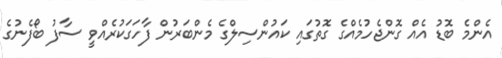
އެންމެ ބޮޑު އެއް ގޮންޖެހުމެއްގެ ގޮތުގައި ކައުންސިލްގެ މެންބަރުން ފާހަގަކުރެއްވީ ސާފު ބޯފެނުގެ